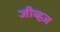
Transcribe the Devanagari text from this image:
जीव्ह्ज़